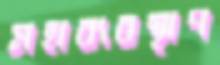
মহাব্যবস্থাপ